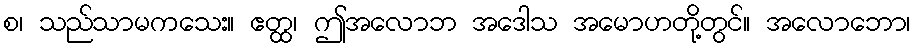
စ၊ သည်သာမကသေး။ ဧတ္ထ၊ ဤအလောဘ အဒေါသ အမောဟတို့တွင်။ အလောဘော၊